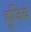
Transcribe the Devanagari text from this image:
हूजिये